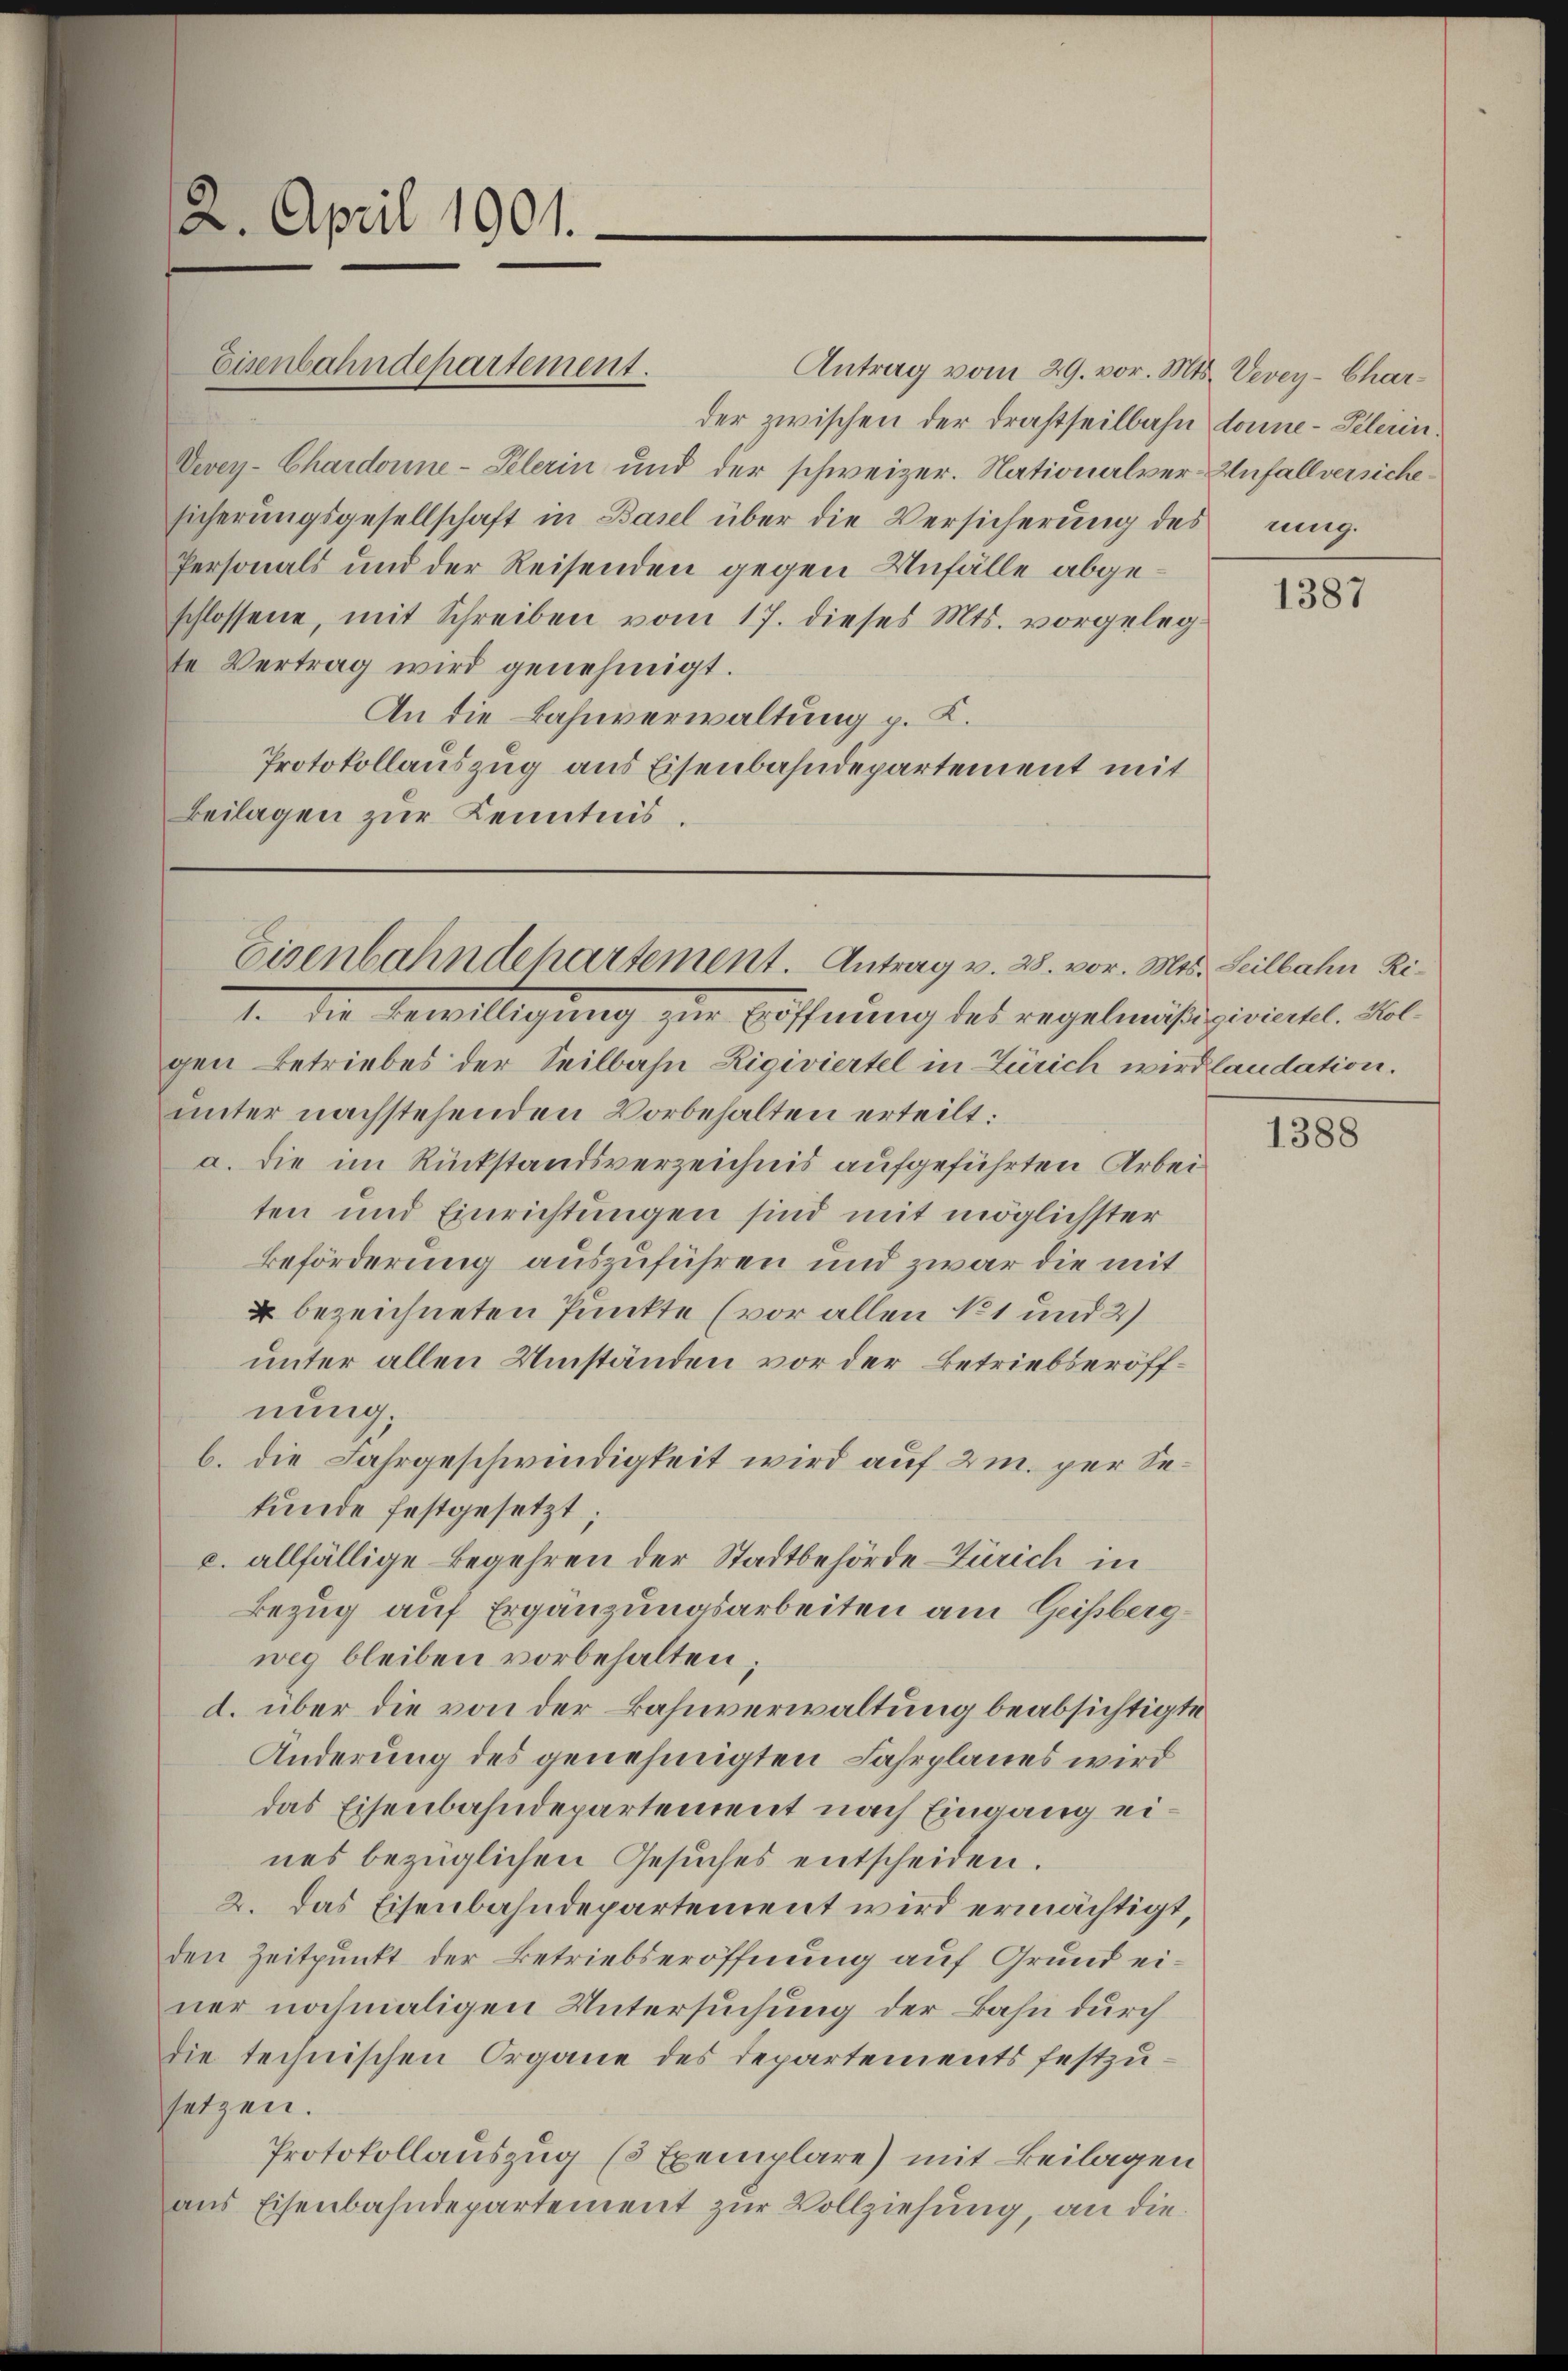
2. April 1901.

Eisenbahndepartement.

Antrag vom 29. vor. Mts. Vevey-Charder zwischen der drastheilbahn donne - Pelerin.
Vevey-Chardonne-Pelerin und der schweizer. Nationalver-Unfallversichesicherŭngsgesellschaft in Basel über die Versicherŭng des ung.
Personals und der Reisenden gegen Unfälle abgeschlossene, mit Schreiben vom 17. dieses Mts. vorgeleg
se Vertrag wird genehmigt.
An die Bahnverwaltung p. K.
Protokollauszug aus Eisenbahndepartement mit
Beilagen zur Kenntnis.

Eisenbahndehartement. Antrag v. 28. vor. Mts. Seilbahn Ri¬

1. die Bewilligung zur Eröffnung des regelmäßigiviertel. Kolgen Betriebes der Seilbahn Rigiviertel in Zürich wird landation.
unter nachstehenden Vorbehalten erteilt:
a. die im Rückstandsverzeichnis aufgeführten Arbeiten und Einrichtungen sind mit möglichster
Beförderung auszuführen und zwar die mit
u bezeichneten Punkte (vor allen No 1 und 2)
unter allen Umständen vor der Betriebseröffnung.
b. die Fahrgeschwindigkeit wird auf 2 m. per Sekunde festgesetzt.
c. allfällige Begehren der Stadtbehörde - Zürich in
Bezug auf Ergänzungsarbeiten am Geisbergweg bleiben vorbehalten;
d. über die von der Bahnverwaltung beabsichtigte
Änderung des genehmigten Fahrplanes wird
das Eisenbahndepartement nach Eingang eines bezüglichen Gesuches entscheiden.
2. Das Eisenbahndepartement wird ermächtigt,
den Zeitpunkt der Betriebseröffnung auf Grund einer nochmaligen Untersuchung der Bahn durch
die technischen Organe des Departements festzusetzen.
Protokollauszug (3 Exemplare) mit Beilagen
aus Eisenbahndepartement zur Vollziehung, an die

1387

1388